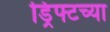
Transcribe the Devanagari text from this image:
ड्रिफ्टच्या